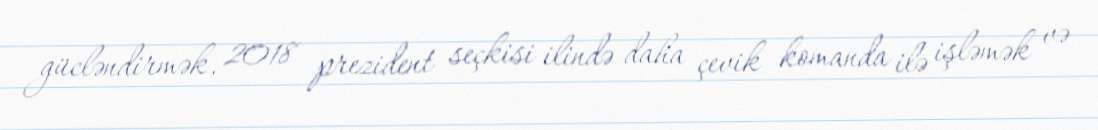
gücləndirmək, 2018 prezident seçkisi ilində daha çevik komanda ilə işləmək və